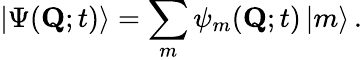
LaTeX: |\Psi({\mathbf Q};t)\rangle=\sum_{m}\psi_{m}({\mathbf Q};t)\, |m\rangle\, .